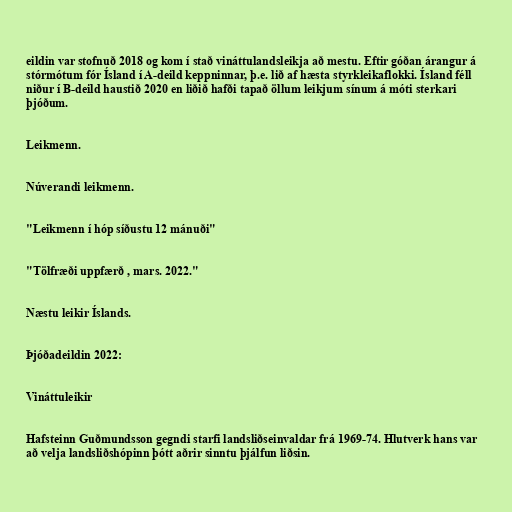
eildin var stofnuð 2018 og kom í stað vináttulandsleikja að mestu. Eftir góðan árangur á
stórmótum fór Ísland í A-deild keppninnar, þ.e. lið af hæsta styrkleikaflokki. Ísland féll
niður í B-deild haustið 2020 en liðið hafði tapað öllum leikjum sínum á móti sterkari
þjóðum.

Leikmenn.

Núverandi leikmenn.

"Leikmenn í hóp síðustu 12 mánuði"

"Tölfræði uppfærð , mars. 2022."

Næstu leikir Íslands.

Þjóðadeildin 2022:

Vináttuleikir

Hafsteinn Guðmundsson gegndi starfi landsliðseinvaldar frá 1969-74. Hlutverk hans var
að velja landsliðshópinn þótt aðrir sinntu þjálfun liðsin.